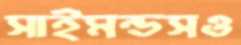
সাইমন্ডসও